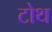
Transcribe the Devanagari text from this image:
टोथ